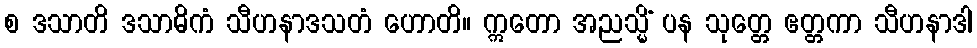
စ ဒသာတိ ဒသာဓိကံ သီဟနာဒသတံ ဟောတိ။ ဣတော အညသ္မိံ ပန သုတ္တေ ဧတ္တကာ သီဟနာဒါ